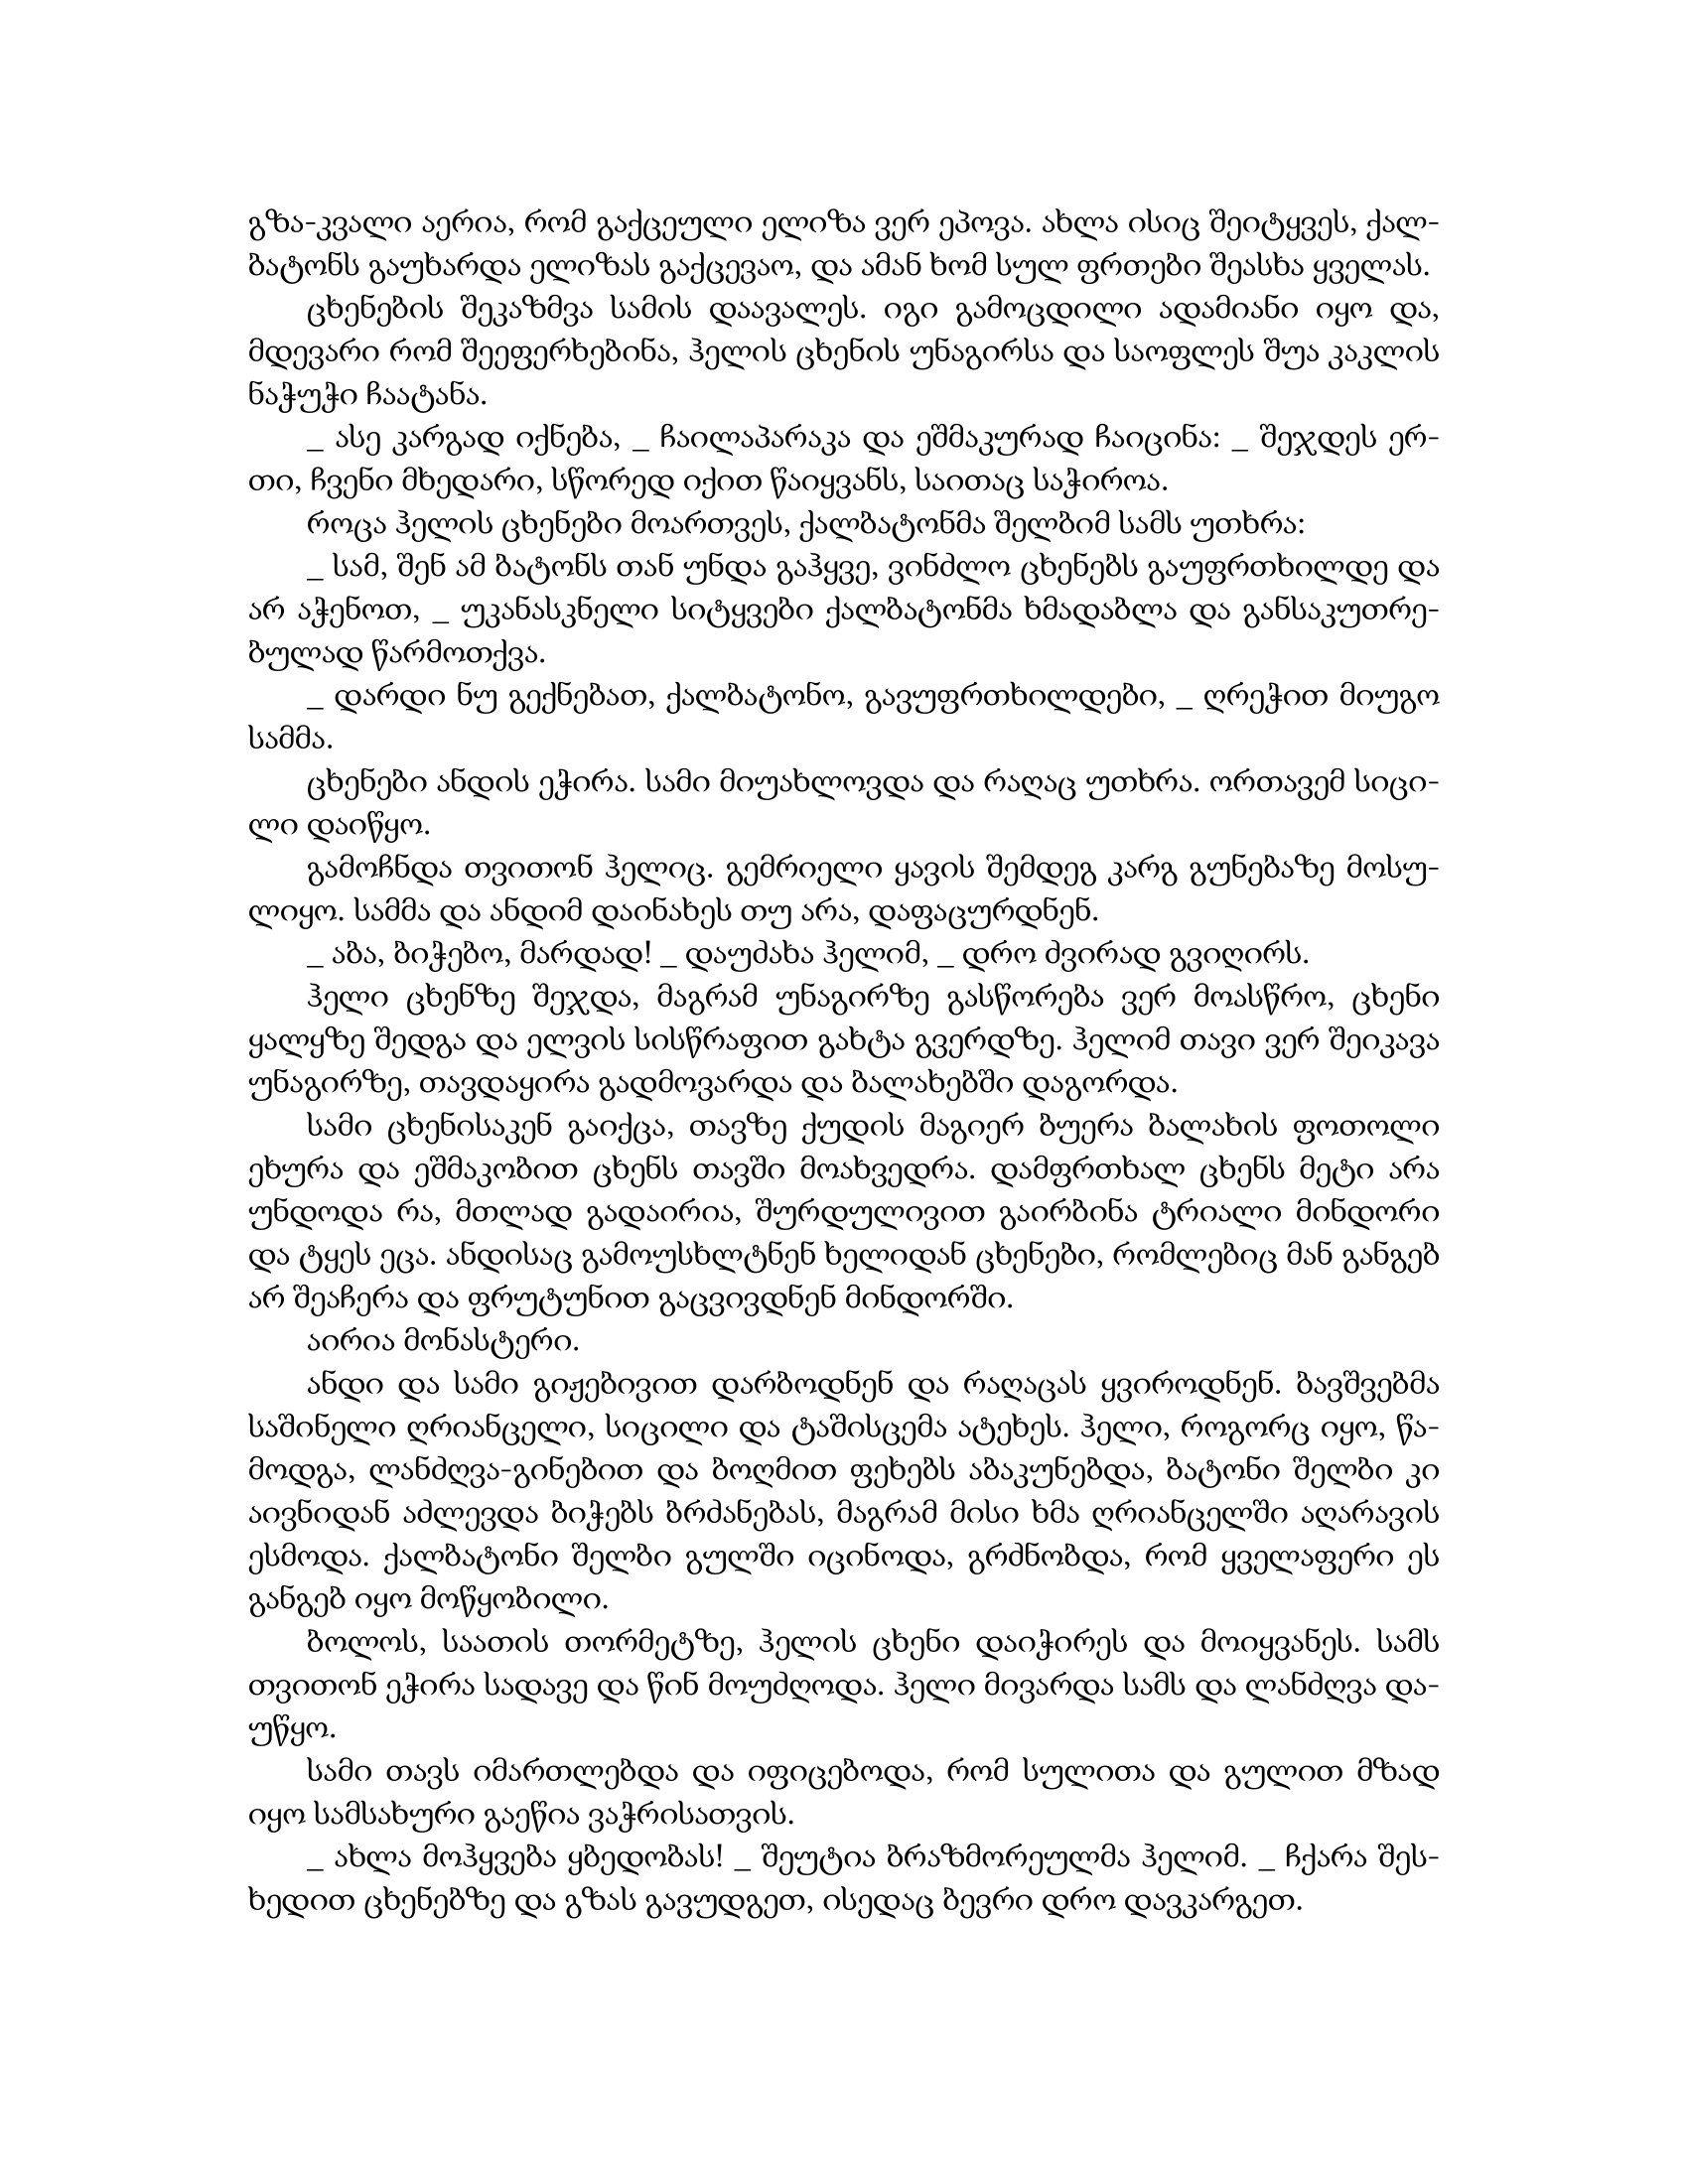
Language: gr